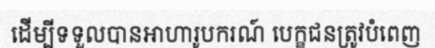
ដើម្បីទទួលបានអាហារូបករណ៍ បេក្ខជនត្រូវបំពេញ